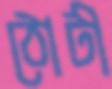
ঠোটী